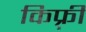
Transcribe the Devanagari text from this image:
किफ़्री